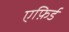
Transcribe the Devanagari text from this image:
एफ़िर्ड